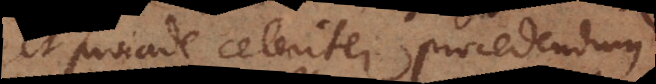
et proinde celeriter procedendum.